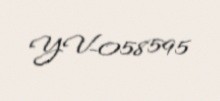
YV-058595